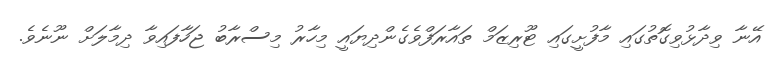
އޭނާ ވިދާޅުވިގޮތުގައި މާފުށީގައި ޓޫރިޒަމް ތައާރަފްވެގެންދިޔައީ މިހާރު މިސްރާބު ޖަހާފައިވާ ދިމާލަށް ނޫނެވެ.